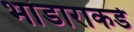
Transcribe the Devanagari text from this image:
भांडाराकडे